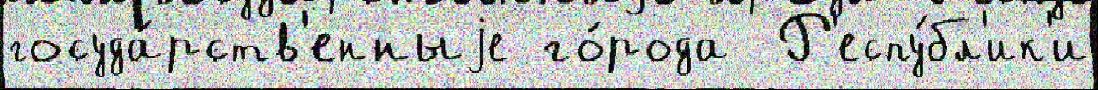
госуда́рств'енныjе го́рода  Р'еспу́бл'ик'и